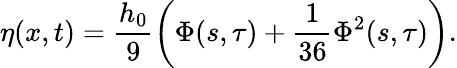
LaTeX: \eta(x,t)=\frac{h_{0}}{9}\left(\Phi(s,\tau)+\frac{1}{36}\Phi^{2}(s,\tau)\right).